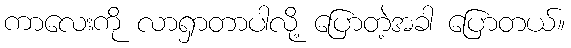
ကာလေးကို လာရှာတာပါလို့ ပြောတဲ့အခါ ပြောတယ်။